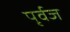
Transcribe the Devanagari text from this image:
पृर्वज